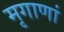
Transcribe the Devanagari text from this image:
मृगाणां